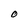
Character: O